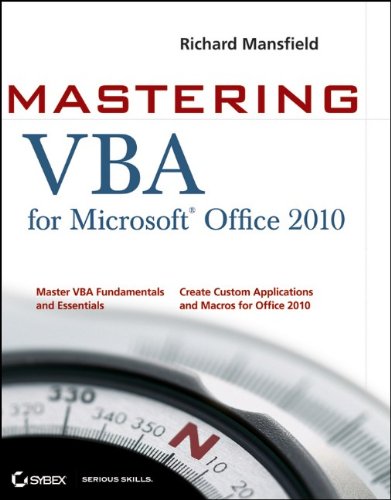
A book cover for Mastering VBA for Office 2010; Richard Mansfield; Computers & Technology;